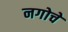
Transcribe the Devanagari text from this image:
नगोचे